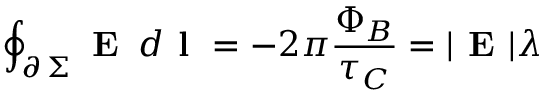
\oint _ { \scriptstyle \partial \, \Sigma } \textbf { E } \, d \textbf { l } = - 2 \pi \frac { \Phi _ { B } } { \tau _ { C } } = | \textbf { E } | \lambda